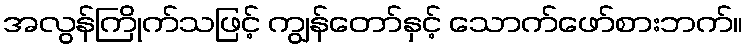
အလွန်ကြိုက်သဖြင့် ကျွန်တော်နှင့် သောက်ဖော်စားဘက်။